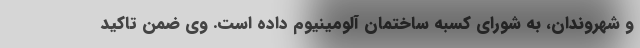
و شهروندان، به شورای کسبه ساختمان آلومینیوم داده است. وی ضمن تاکید